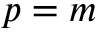
p = m